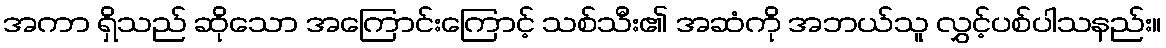
အကာ ရှိသည် ဆိုသော အကြောင်းကြောင့် သစ်သီး၏ အဆံကို အဘယ်သူ လွှင့်ပစ်ပါသနည်း။